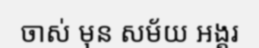
ចាស់ មុន សម័យ អង្គរ